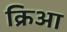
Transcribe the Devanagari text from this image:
क्रिआ